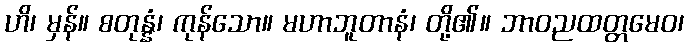
ဟိ၊ မှန်။ စတုန္နံ၊ ကုန်သော။ မဟာဘူတာနံ၊ တို့၏။ ဘာဝညထတ္တမေဝ၊